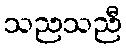
သညသညီ